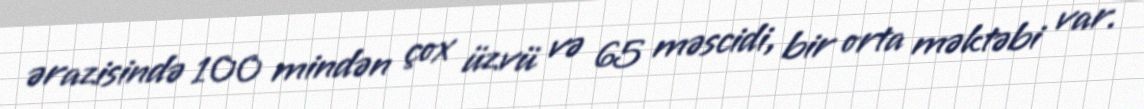
ərazisində 100 mindən çox üzvü və 65 məscidi, bir orta məktəbi var.